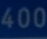
400